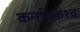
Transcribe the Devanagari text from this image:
कर्नाटकश्च